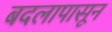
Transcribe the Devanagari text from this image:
बदलापासून